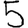
Digit: 5